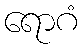
ရောဂံ